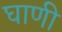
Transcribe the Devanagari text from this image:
घाणी